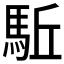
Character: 駈